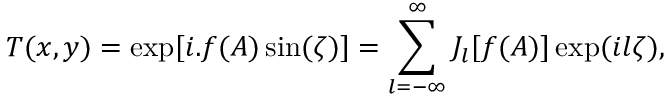
T ( x , y ) = \exp [ i . f ( A ) \sin ( \zeta ) ] = \sum _ { l = - \infty } ^ { \infty } J _ { l } [ f ( A ) ] \exp ( i l \zeta ) ,